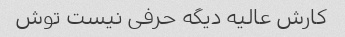
کارش عالیه دیگه حرفی نیست توش